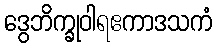
ဒွေဘိက္ခုဝါရဧကာဒသကံ